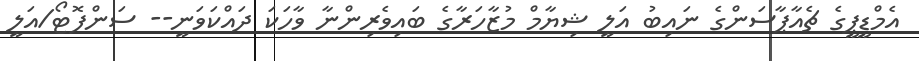
އެމްޑީޕީގެ ޗެއާޕާސަންގެ ނައިބު އަލީ ޝިޔާމް މުޒާހަރާގެ ބައިވެރިންނާ ވާހަކަ ދައްކަވަނީ-- ސަންފޮޓޯ/އަލީ